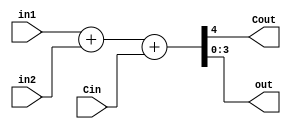
module four_adder (
in1,
in2,
Cin,
Cout,
out
);
input [3:0] in1, in2;
input Cin;
output Cout;
output [3:0] out;
assign {Cout, out} = in1 + in2 + Cin;
endmodule